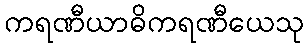
ကရဏီယာဓိကရဏီယေသု